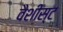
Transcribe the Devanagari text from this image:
वैशीस्ट